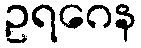
ဥရဂေန